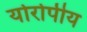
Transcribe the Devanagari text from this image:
योरोपीय